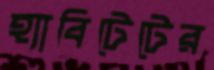
হ্যাবিটেটের